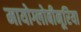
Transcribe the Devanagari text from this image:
मायोग्लोबीनूरिया